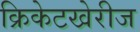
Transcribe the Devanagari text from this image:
क्रिकेटखेरीज